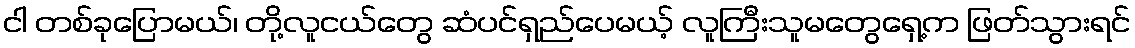
ငါ တစ်ခုပြောမယ်၊ တို့လူငယ်တွေ ဆံပင်ရှည်ပေမယ့် လူကြီးသူမတွေရှေ့က ဖြတ်သွားရင်